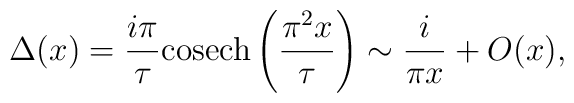
\Delta (x)=\frac{i\pi }{\tau }{\mathrm{cosech}}\left( \frac{\pi ^{2}x}{\tau }\right) \sim \frac{i}{\pi x}+O(x),